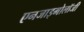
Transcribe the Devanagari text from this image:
एनजाइमोलॉजी